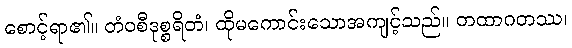
စောင့်ရာ၏။ တံဝစီဒုစ္စရိတံ၊ ထိုမကောင်းသောအကျင့်သည်။ တထာဂတဿ၊